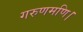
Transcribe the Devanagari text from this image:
गरुणमणि।